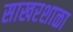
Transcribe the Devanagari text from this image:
साखरशाळा